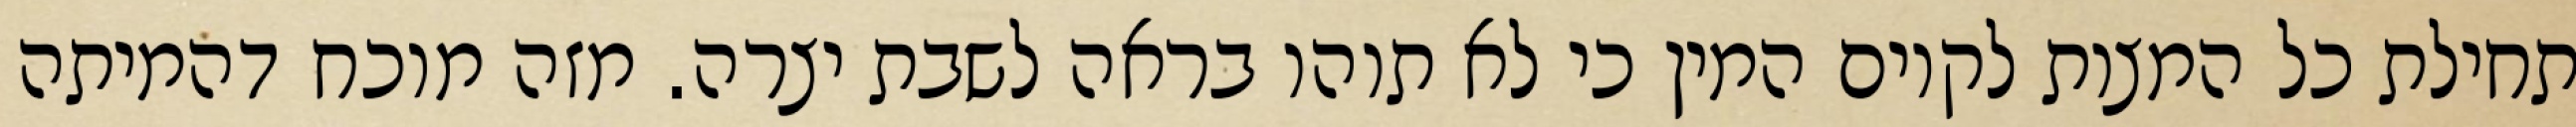
תחילת כל המצות לקיום המין כי לא תוהו בראה לשבת יצרה. מזה מוכח דהמיתה